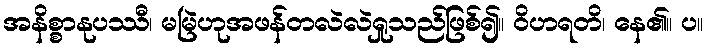
အနိစ္စာနုပဿီ၊ မမြဲဟုအဖန်တလဲလဲရှုသည်ဖြစ်၍။ ဝိဟရတိ၊ နေ၏။ ပ။